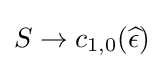
S\to c_{1,0}({\widehat {\epsilon }})